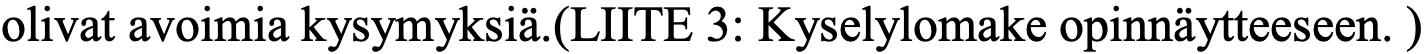
olivat avoimia kysymyksiä.(LIITE 3: Kyselylomake opinnäytteeseen. )